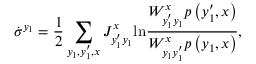
\dot { \sigma } ^ { y _ { 1 } } = \frac { 1 } { 2 } \sum _ { y _ { 1 } , y _ { 1 } ^ { \prime } , x } J _ { y _ { 1 } ^ { \prime } y _ { 1 } } ^ { x } \mathrm { l n } \frac { W _ { y _ { 1 } ^ { \prime } y _ { 1 } } ^ { x } p \left( y _ { 1 } ^ { \prime } , x \right) } { W _ { y _ { 1 } y _ { 1 } ^ { \prime } } ^ { x } p \left( y _ { 1 } , x \right) } ,